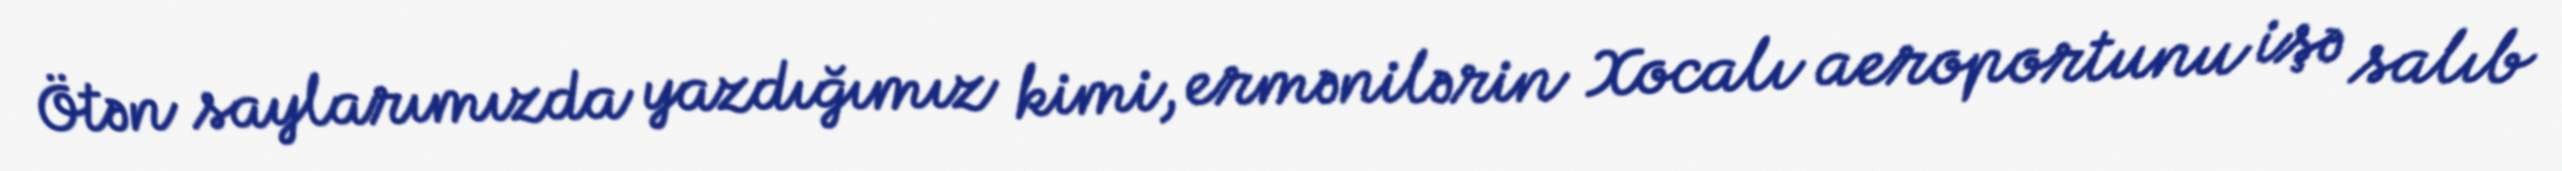
Ötən saylarımızda yazdığımız kimi, ermənilərin Xocalı aeroportunu işə salıb